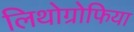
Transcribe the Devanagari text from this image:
लिथोग्रोफिया